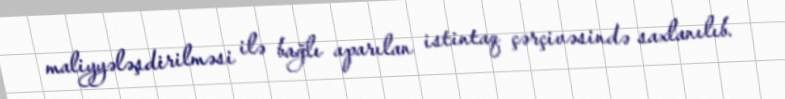
maliyyələşdirilməsi ilə bağlı aparılan istintaq çərçivəsində saxlanılıb.